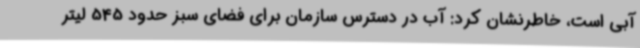
آبی است، خاطرنشان کرد: آب در دسترس سازمان برای فضای سبز حدود 545 لیتر